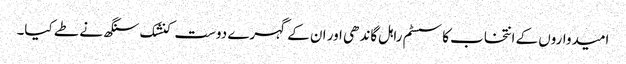
امیدواروں کے انتخاب کا سسٹم راہل گاندھی اور ان کے گہرے دوست کنشک سنگھ نے طے کیا۔